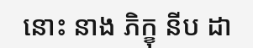
នោះ នាង ភិក្ខុ នីប ដា